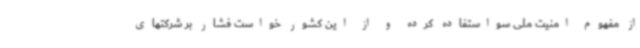
از مفهوم امنیت ملی سواستفاده کرده و از این کشور خواست فشار بر شرکتهای